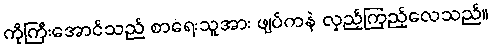
ကိုကြီးအောင်သည် စာရေးသူအား ဖျပ်ကနဲ လှည့်ကြည့်လေသည်။